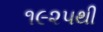
૧૯૨૫થી